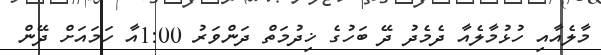
މާލެއާއި ހުޅުމާލެއާ ދެމެދު ދޭ ބަހުގެ ޚިދުމަތް ދަންވަރު 1:00އާ ހަމައަށް ދޭން